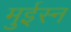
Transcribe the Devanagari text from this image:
मुईस्न